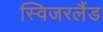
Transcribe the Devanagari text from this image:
स्विजरलैंड